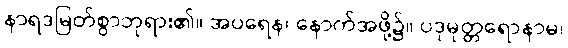
နာရဒမြတ်စွာဘုရား၏။ အပရေန၊ နောက်အဖို့၌။ ပဒုမုတ္တရောနာမ၊